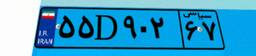
۵۴D۴۲۴۰۱